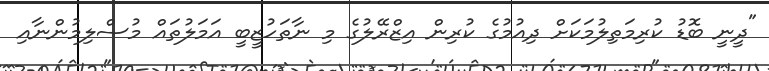
"ދީނީ ބޮޑު ކުރިމަތިލުމަކަށް ދިއުމުގެ ކުރިން އިޒްރޭލުގެ މި ނާތަހުޒީބީ އަމަލުތައް މުސްލިމުންނާއި